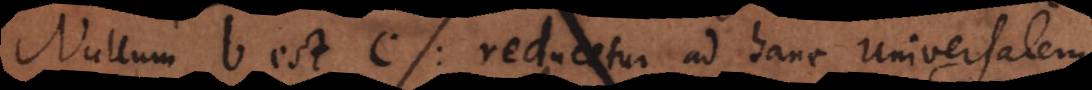
Nullum b est c: reducetur ad hanc universalem